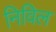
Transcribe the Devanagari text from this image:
निविल